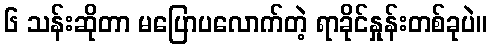
၆ သန်းဆိုတာ မပြောပလောက်တဲ့ ရာခိုင်နှုန်းတစ်ခုပဲ။